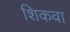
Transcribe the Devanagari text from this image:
शिकवा